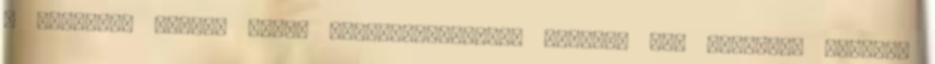
a voksolás napján saját választókerülete helyett egy másikban adhassa